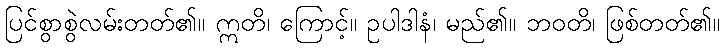
ပြင်စွာစွဲလမ်းတတ်၏။ ဣတိ၊ ကြောင့်။ ဥပါဒါနံ၊ မည်၏။ ဘဝတိ၊ ဖြစ်တတ်၏။